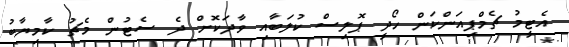
އެޓީމު ޗެމްޕިއަންކަން ހޯދީ ޕޮލިސް ކުލަބާއި ވާދަކޮށް ދެ ސެޓުން މެޗު ކާމިޔާބު